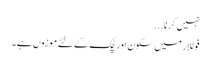
نہیں کرنا...
فوللار میں سکون اور لچک کے لئے موزوں ہے ۔